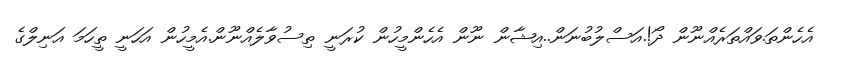
އެހެންތަ.ވައްތަރެއްނޫން ދޯ!.އަސްލުބުނަން..އިޝާން ނޫން އެހެންމީހުން ކުރަނީ ތިސުވާލެއްނޫން.އެމީހުން އަހަނީ ތީހަމަ އަނިލްގެ